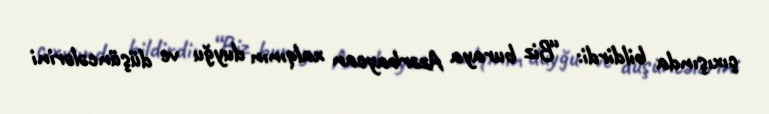
çıxışında bildirdi: “Biz buraya Azərbaycan xalqının duyğu ve düşüncələrini